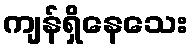
ကျန်ရှိနေသေး